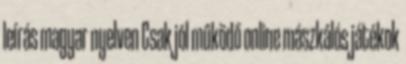
leírás magyar nyelven Csak jól működő online mászkálós játékok